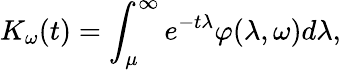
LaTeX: K_{\omega}(t)=\int_{\mu}^{\infty}e^{-t\lambda}\varphi(\lambda,\omega)d\lambda,